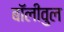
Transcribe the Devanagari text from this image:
बॉलीवुल